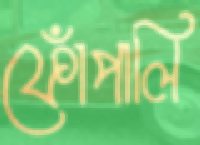
ফোঁপালি